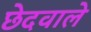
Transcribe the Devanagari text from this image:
छेदवाले